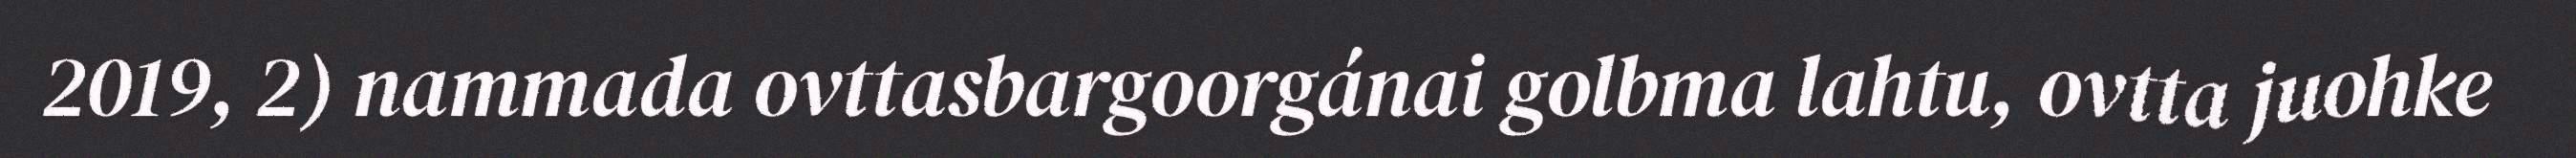
2019, 2) nammada ovttasbargoorgánai golbma lahtu, ovtta juohke